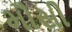
મૌસી